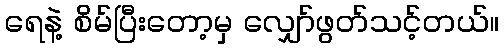
ရေနဲ့ စိမ်ပြီးတော့မှ လျှော်ဖွတ်သင့်တယ်။